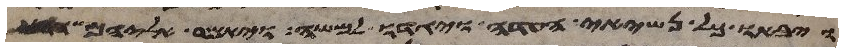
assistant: ויבאו כל נשיאי העדה ויגדו למשה ויאמר אליהם